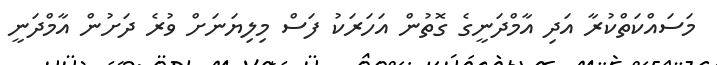
މަސައްކަތްކުރާ އަދި އާމްދަނީގެ ގޮތުން އަހަރަކު ފަސް މިލިޔަނަށް ވުރެ ދަށުން އާމްދަނީ